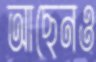
আছেনও